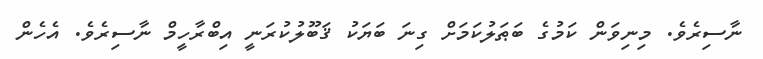
ނާސިރެވެ. މިނިވަން ކަމުގެ ބަޠަލުކަމަށް ގިނަ ބަޔަކު ޤަބޫލުކުރަނީ އިބްރާހީމް ނާސިރެވެ. އެހެން